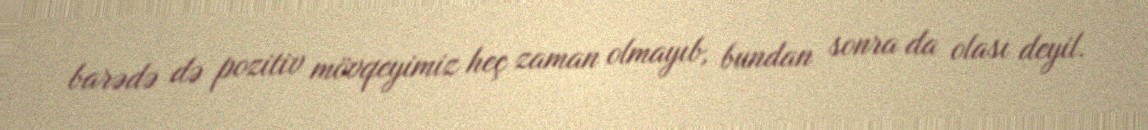
barədə də pozitiv mövqeyimiz heç zaman olmayıb, bundan sonra da olası deyil.